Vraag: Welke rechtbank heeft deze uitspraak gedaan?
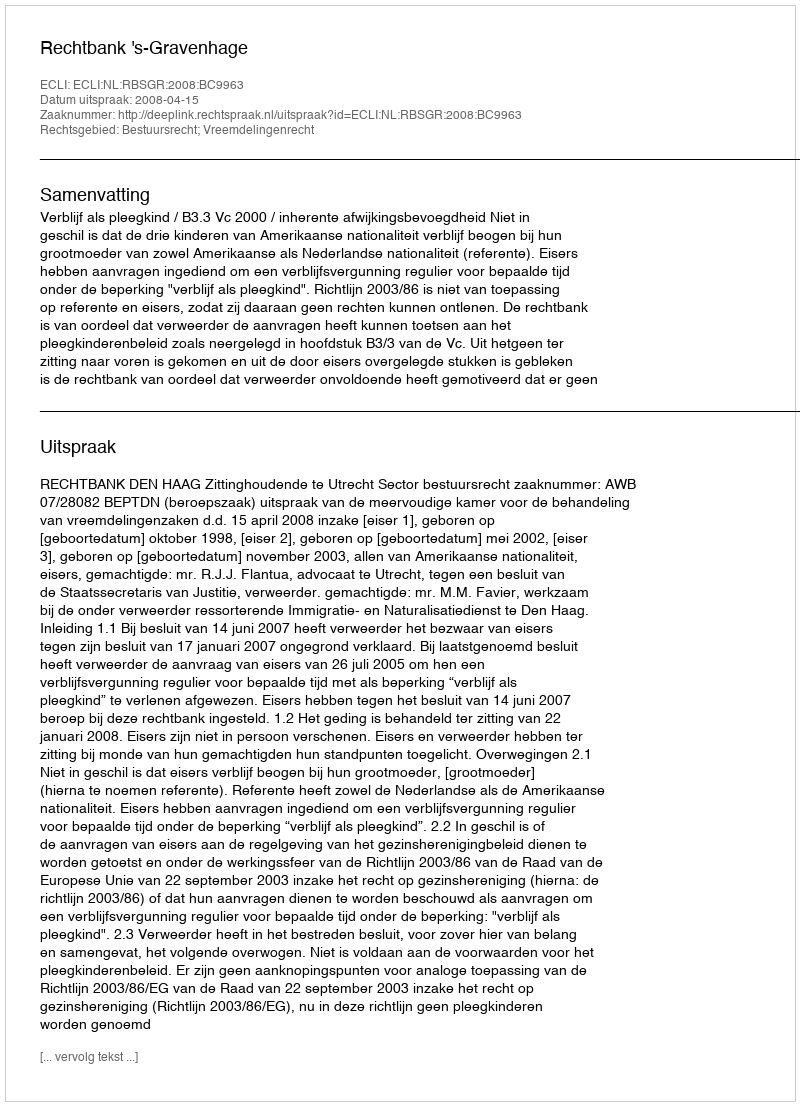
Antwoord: Rechtbank 's-Gravenhage